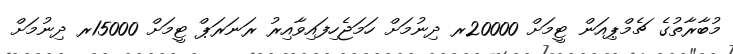
މުބާރާތުގެ ޗެމްޕިއަން ޓީމަށް 20000ރ ދިނުމަށް ހަމަޖެހިފައިވާއިރު ރަނަރަޕް ޓީމަށް 15000ރ ދިނުމަށް